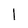
Character: l